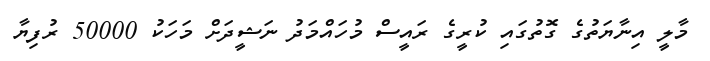
މާލީ އިނާޔަތުގެ ގޮތުގައި ކުރީގެ ރައީސް މުހައްމަދު ނަޝީދަށް މަހަކު 50000 ރުފިޔާ